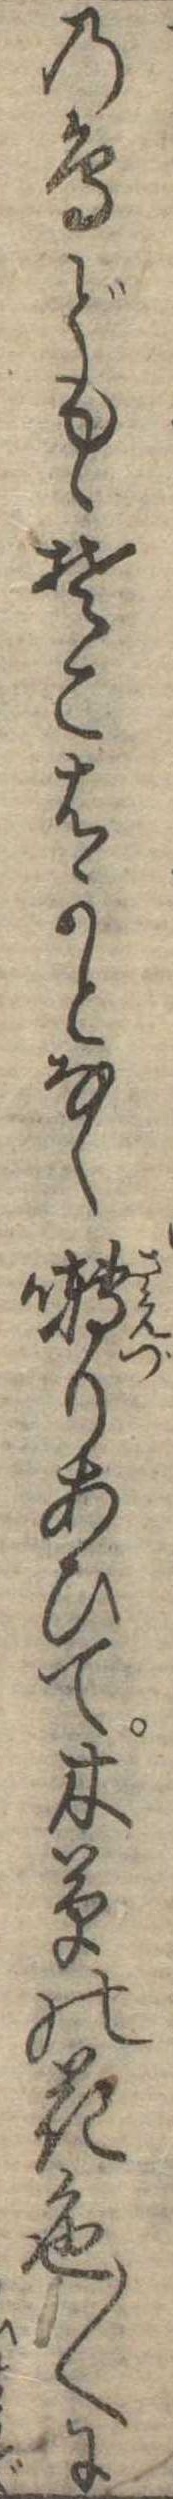
の鳥どもゝそこはかとなく囀りあひて木草の花色〱に